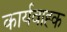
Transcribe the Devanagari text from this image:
कार्यवाह्क